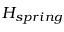
H _ { s p r i n g }